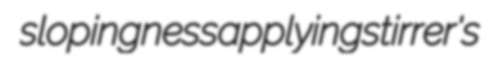
slopingness applying stirrer's